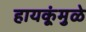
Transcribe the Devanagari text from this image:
हायकूंमुळे